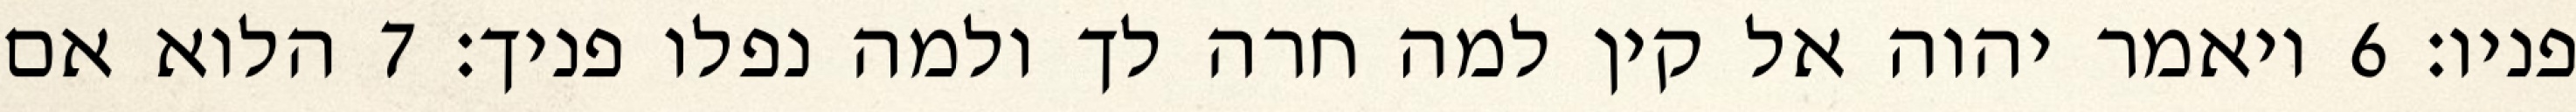
פניו׃ ‎6‏ ויאמר יהוה אל קין למה חרה לך ולמה נפלו פניך׃ ‎7‏ הלוא אם